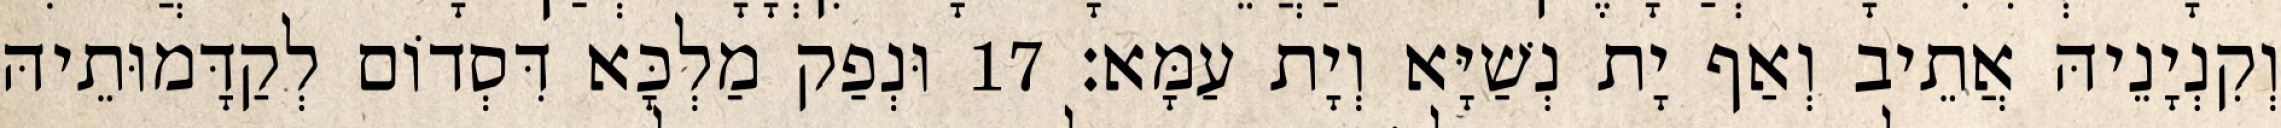
וְקִנְיָנֵיהּ אֲתֵיב וְאַף יָת נְשַׁיָּא וְיָת עַמָּא׃ 17 וּנְפַק מַלְכָּא דִּסְדוֹם לְקַדָּמוּתֵיהּ